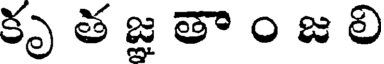
కృ త జ్ఞ తా ం జ లి